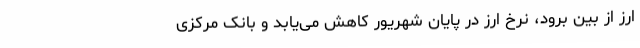
ارز از بین برود، نرخ ارز در پایان شهریور کاهش می‌یابد و بانک مرکزی